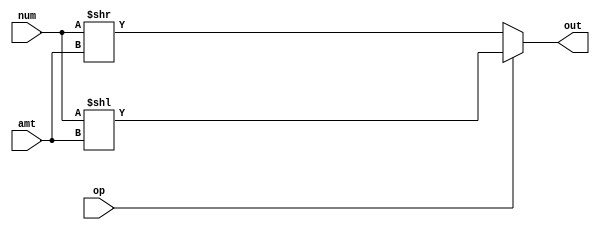
module shift(
    	input  wire [31:0] num,
    	input  wire [4:0]  amt,
    	input  wire    	op,
    	output reg  [31:0] out    	
	);
	
	always @ (num, amt, op)
	begin
    	if (op)
        	begin
            	out = num << amt;
        	end
    	else
        	begin
            	out = num >> amt;
        	end
	end  
	
endmodule